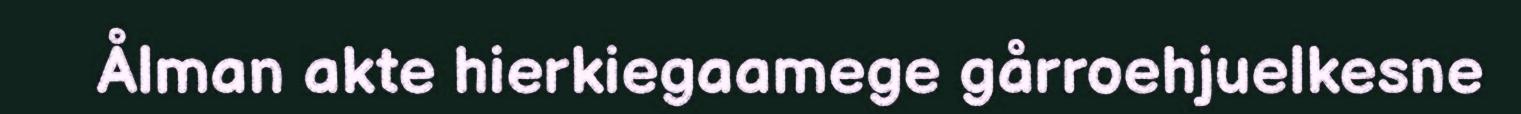
Ålman akte hierkiegaamege gårroehjuelkesne